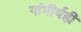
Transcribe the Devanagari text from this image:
गांभीर्यही